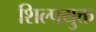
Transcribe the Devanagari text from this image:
शिल्पयुक्त